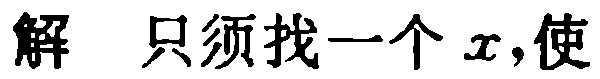
解 只须找一个 \(x\)，使